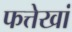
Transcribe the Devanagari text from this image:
फत्तेखां